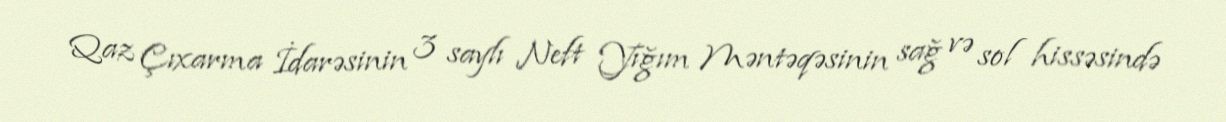
Qaz Çıxarma İdarəsinin 3 saylı Neft Yığım Məntəqəsinin sağ və sol hissəsində